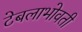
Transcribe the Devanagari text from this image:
टेबलाभोवती